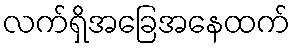
လက်ရှိအခြေအနေထက်